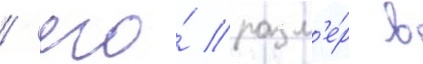
/ его́ разм'е́р в